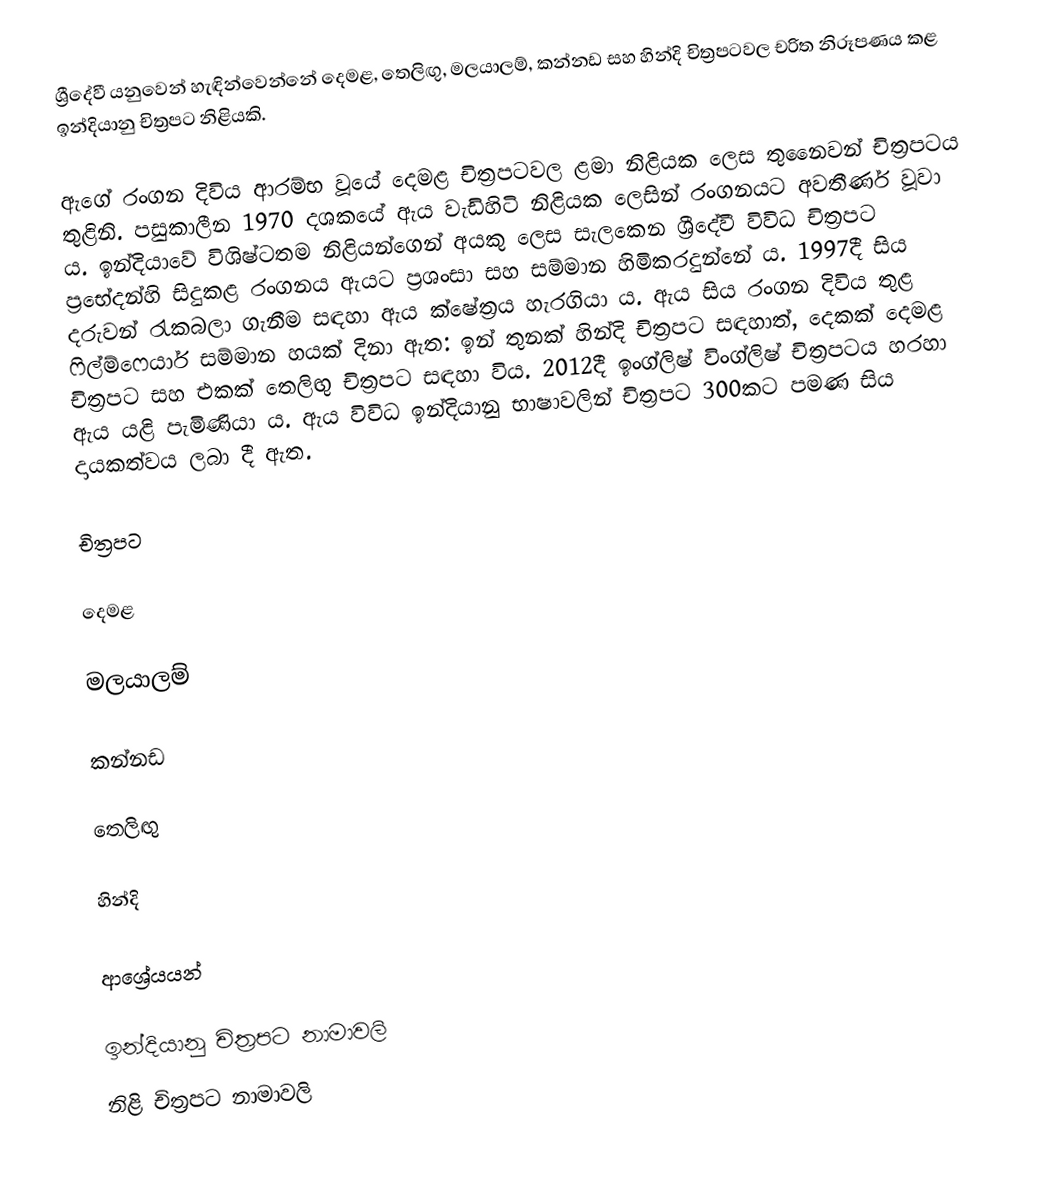
ශ්‍රීදේවී යනුවෙන් හැඳින්වෙන්නේ දෙමළ, තෙලිඟු, මලයාලම්, කන්නඩ සහ හින්දි චිත්‍රපටවල චරිත නිරූපණය කළ ඉන්දියානු චිත්‍රපට නිළියකි.

ඇගේ රංගන දිවිය ආරම්භ වූයේ දෙමළ චිත්‍රපටවල ළමා නිළියක ලෙස තුනෛවන් චිත්‍රපටය තුළිනි. පසුකාලීන 1970 දශකයේ ඇය වැඩිහිටි නිළියක ලෙසින් රංගනයට අවතීර්ණ වූවා ය. ඉන්දියාවේ විශිෂ්ටතම නිළියන්ගෙන් අයකු ලෙස සැලකෙන ශ්‍රීදේවී විවිධ චිත්‍රපට ප්‍රභේදන්හි සිදුකළ රංගනය ඇයට ප්‍රශංසා සහ සම්මාන හිමිකරදුන්නේ ය. 1997දී සිය දරුවන් රැකබලා ගැනීම සඳහා ඇය ක්ෂේත්‍රය හැරගියා ය. ඇය සිය රංගන දිවිය තුළ ෆිල්ම්ෆෙයාර් සම්මාන හයක් දිනා ඇත: ඉන් තුනක් හින්දි චිත්‍රපට සඳහාත්, දෙකක් දෙමළ චිත්‍රපට සහ එකක් තෙලිඟු චිත්‍රපට සඳහා විය. 2012දී ඉංග්ලිෂ් විංග්ලිෂ් චිත්‍රපටය හරහා ඇය යළි පැමිණියා ය. ඇය විවිධ ඉන්දියානු භාෂාවලින් චිත්‍රපට 300කට පමණ සිය දායකත්වය ලබා දී ඇත.

චිත්‍රපට

දෙමළ

මලයාලම්

කන්නඩ

තෙලිඟු

හින්දි

ආශ්‍රේයයන්

ඉන්දියානු චිත්‍රපට නාමාවලි
නිළි චිත්‍රපට නාමාවලි